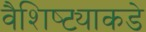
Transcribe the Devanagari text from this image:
वैशिष्ट्याकडे